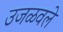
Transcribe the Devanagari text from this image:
उजळवले